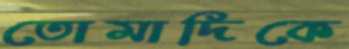
তোমাদিকে